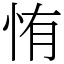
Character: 㤢